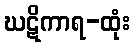
ဃဋိကာရ-ထုံး